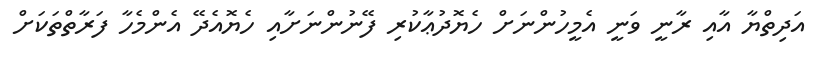
އަދިތްޔާ އާއި ރާނީ ވަނީ އެމީހުންނަށް ހެޔޮދުޢާކުރި ފޭނުންނަށާއި ހެޔޮއެދޭ އެންމެހާ ފަރާތްތަކަށް